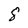
Character: 8